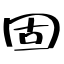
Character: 固